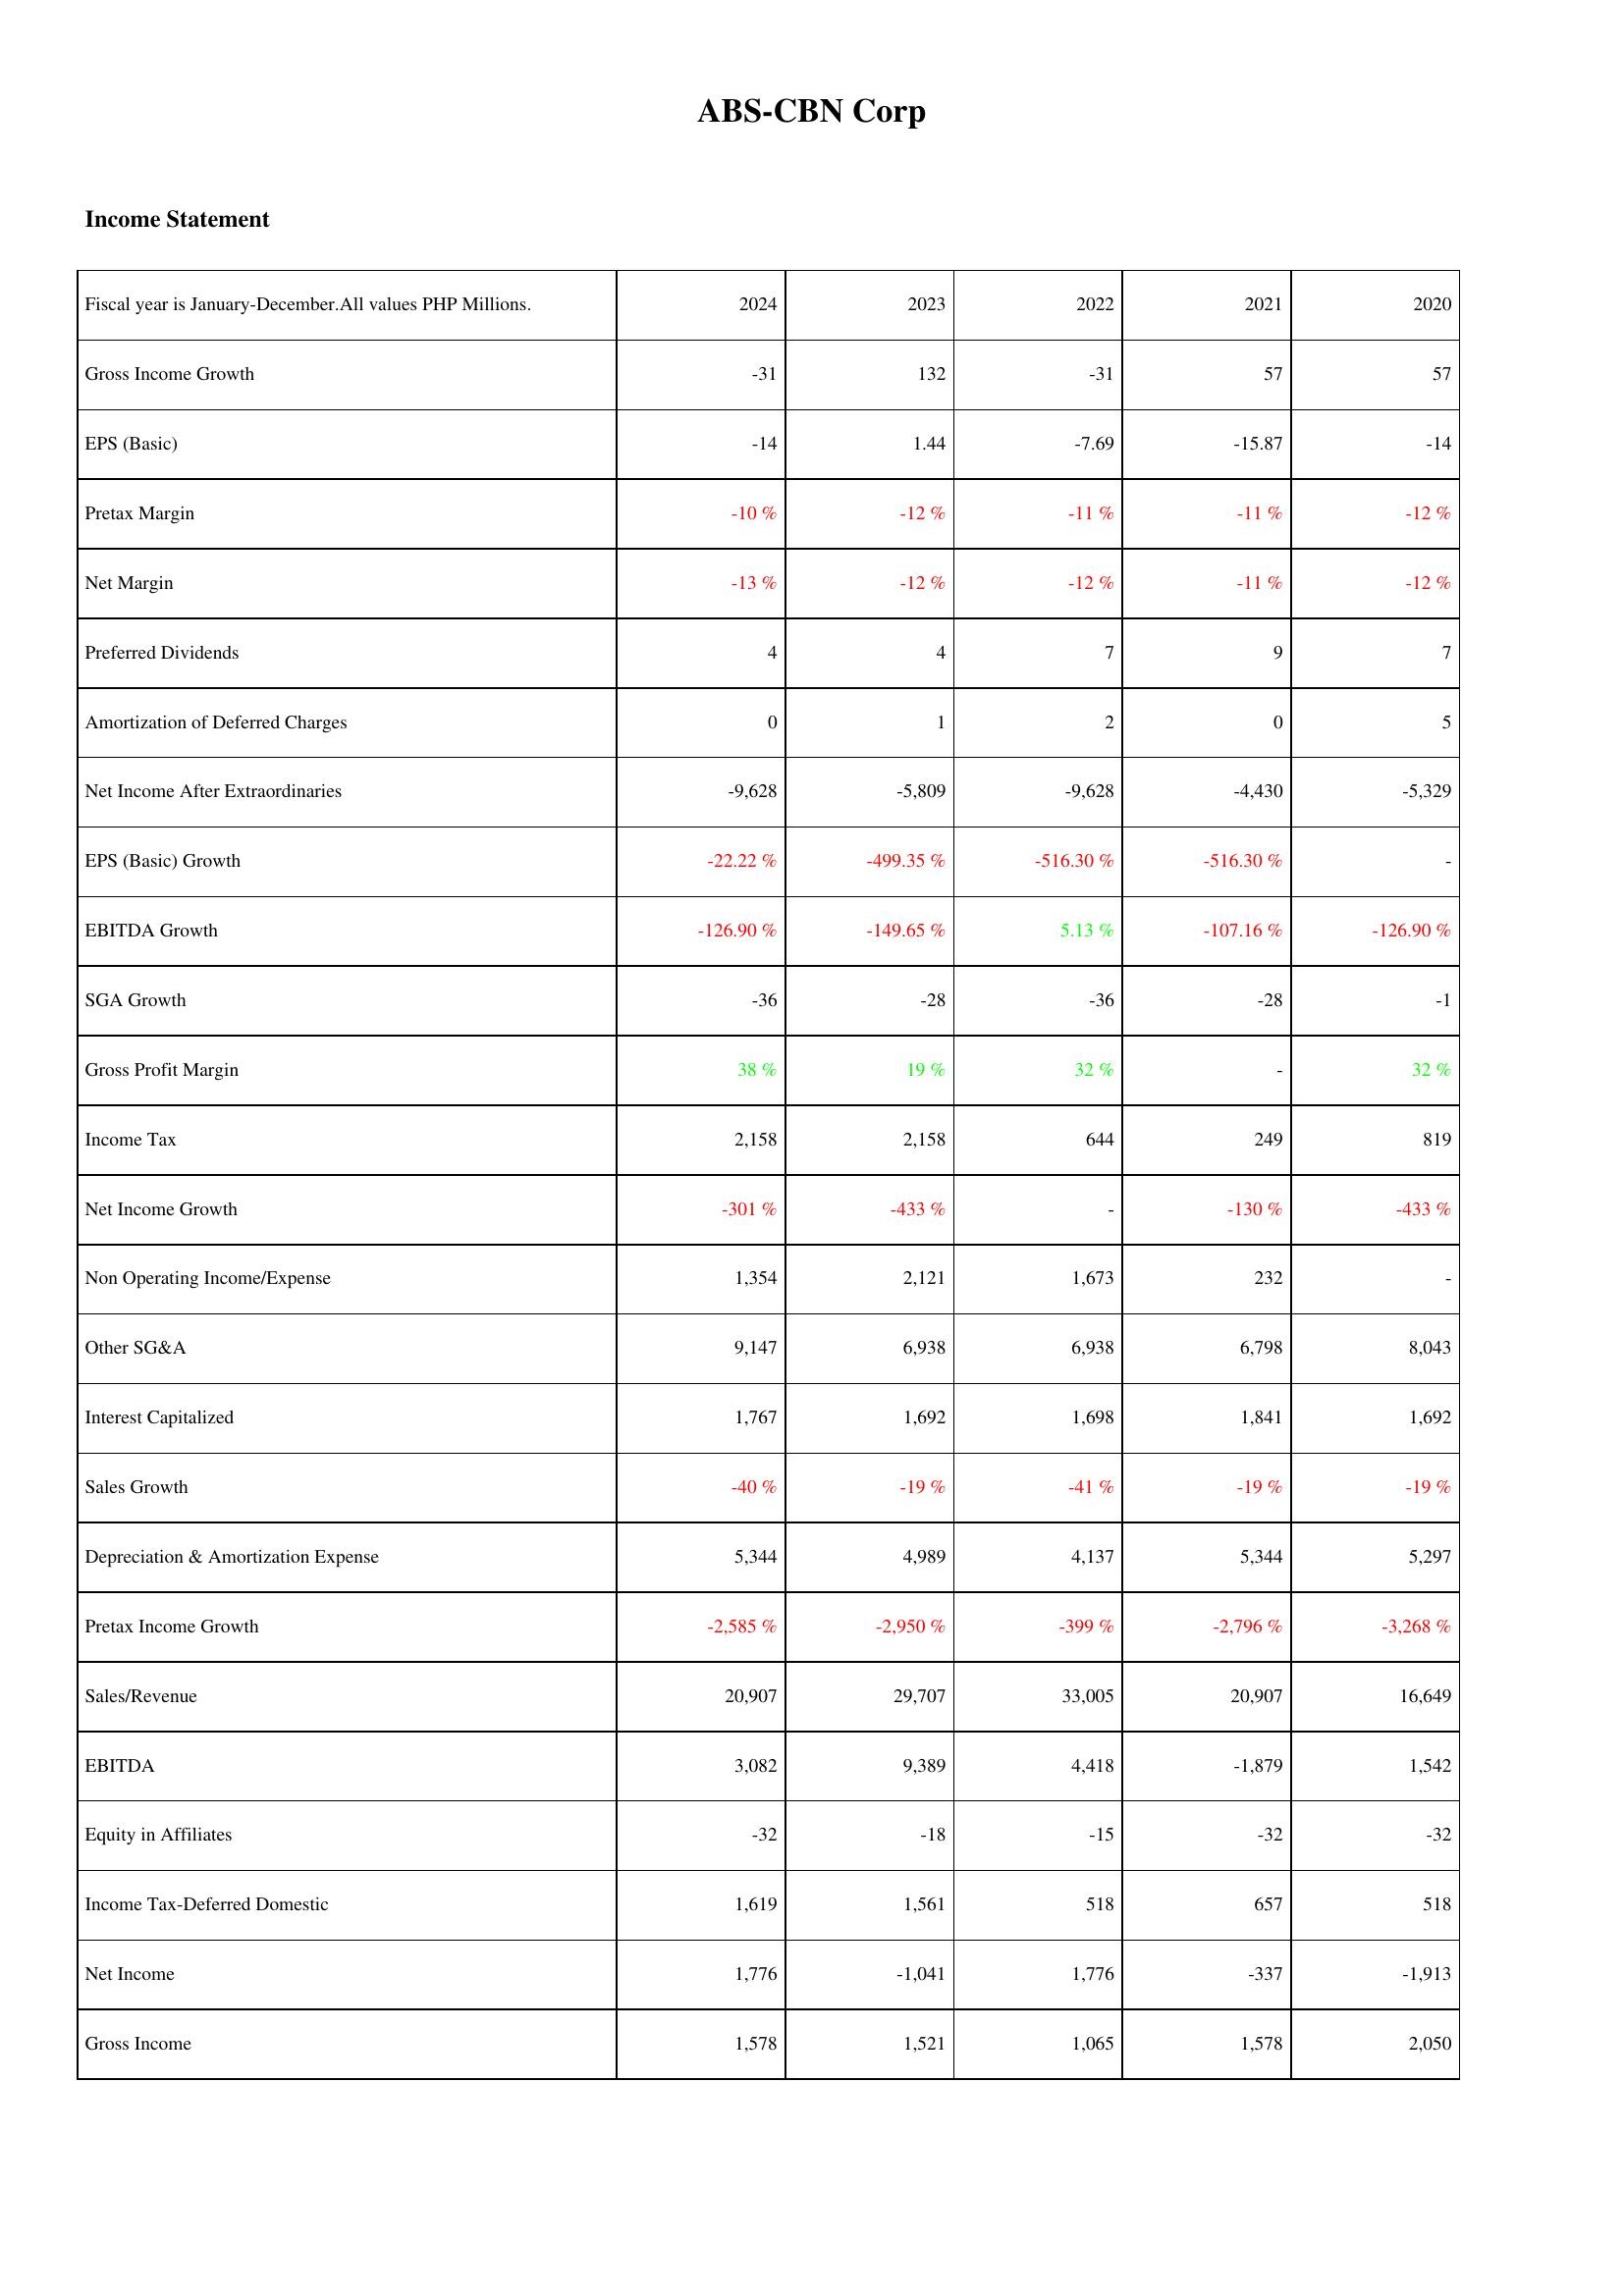
2024: Income Statement: Gross Income Growth: -31
EPS (Basic): -14
Pretax Margin: -10 %
Net Margin: -13 %
Preferred Dividends: 4
Amortization of Deferred Charges: 0
Net Income After Extraordinaries: -9,628
EPS (Basic) Growth: -22.22 %
EBITDA Growth: -126.90 %
SGA Growth: -36
Gross Profit Margin: 38 %
Income Tax: 2,158
Net Income Growth: -301 %
Non Operating Income/Expense: 1,354
Other SG&A: 9,147
Interest Capitalized: 1,767
Sales Growth: -40 %
Depreciation & Amortization Expense: 5,344
Pretax Income Growth: -2,585 %
Sales/Revenue: 20,907
EBITDA: 3,082
Equity in Affiliates: -32
Income Tax-Deferred Domestic: 1,619
Net Income: 1,776
Gross Income: 1,578
2023: Income Statement: Gross Income Growth: 132
EPS (Basic): 1.44
Pretax Margin: -12 %
Net Margin: -12 %
Preferred Dividends: 4
Amortization of Deferred Charges: 1
Net Income After Extraordinaries: -5,809
EPS (Basic) Growth: -499.35 %
EBITDA Growth: -149.65 %
SGA Growth: -28
Gross Profit Margin: 19 %
Income Tax: 2,158
Net Income Growth: -433 %
Non Operating Income/Expense: 2,121
Other SG&A: 6,938
Interest Capitalized: 1,692
Sales Growth: -19 %
Depreciation & Amortization Expense: 4,989
Pretax Income Growth: -2,950 %
Sales/Revenue: 29,707
EBITDA: 9,389
Equity in Affiliates: -18
Income Tax-Deferred Domestic: 1,561
Net Income: -1,041
Gross Income: 1,521
2022: Income Statement: Gross Income Growth: -31
EPS (Basic): -7.69
Pretax Margin: -11 %
Net Margin: -12 %
Preferred Dividends: 7
Amortization of Deferred Charges: 2
Net Income After Extraordinaries: -9,628
EPS (Basic) Growth: -516.30 %
EBITDA Growth: 5.13 %
SGA Growth: -36
Gross Profit Margin: 32 %
Income Tax: 644
Net Income Growth: -
Non Operating Income/Expense: 1,673
Other SG&A: 6,938
Interest Capitalized: 1,698
Sales Growth: -41 %
Depreciation & Amortization Expense: 4,137
Pretax Income Growth: -399 %
Sales/Revenue: 33,005
EBITDA: 4,418
Equity in Affiliates: -15
Income Tax-Deferred Domestic: 518
Net Income: 1,776
Gross Income: 1,065
2021: Income Statement: Gross Income Growth: 57
EPS (Basic): -15.87
Pretax Margin: -11 %
Net Margin: -11 %
Preferred Dividends: 9
Amortization of Deferred Charges: 0
Net Income After Extraordinaries: -4,430
EPS (Basic) Growth: -516.30 %
EBITDA Growth: -107.16 %
SGA Growth: -28
Gross Profit Margin: -
Income Tax: 249
Net Income Growth: -130 %
Non Operating Income/Expense: 232
Other SG&A: 6,798
Interest Capitalized: 1,841
Sales Growth: -19 %
Depreciation & Amortization Expense: 5,344
Pretax Income Growth: -2,796 %
Sales/Revenue: 20,907
EBITDA: -1,879
Equity in Affiliates: -32
Income Tax-Deferred Domestic: 657
Net Income: -337
Gross Income: 1,578
2020: Income Statement: Gross Income Growth: 57
EPS (Basic): -14
Pretax Margin: -12 %
Net Margin: -12 %
Preferred Dividends: 7
Amortization of Deferred Charges: 5
Net Income After Extraordinaries: -5,329
EPS (Basic) Growth: -
EBITDA Growth: -126.90 %
SGA Growth: -1
Gross Profit Margin: 32 %
Income Tax: 819
Net Income Growth: -433 %
Non Operating Income/Expense: -
Other SG&A: 8,043
Interest Capitalized: 1,692
Sales Growth: -19 %
Depreciation & Amortization Expense: 5,297
Pretax Income Growth: -3,268 %
Sales/Revenue: 16,649
EBITDA: 1,542
Equity in Affiliates: -32
Income Tax-Deferred Domestic: 518
Net Income: -1,913
Gross Income: 2,050